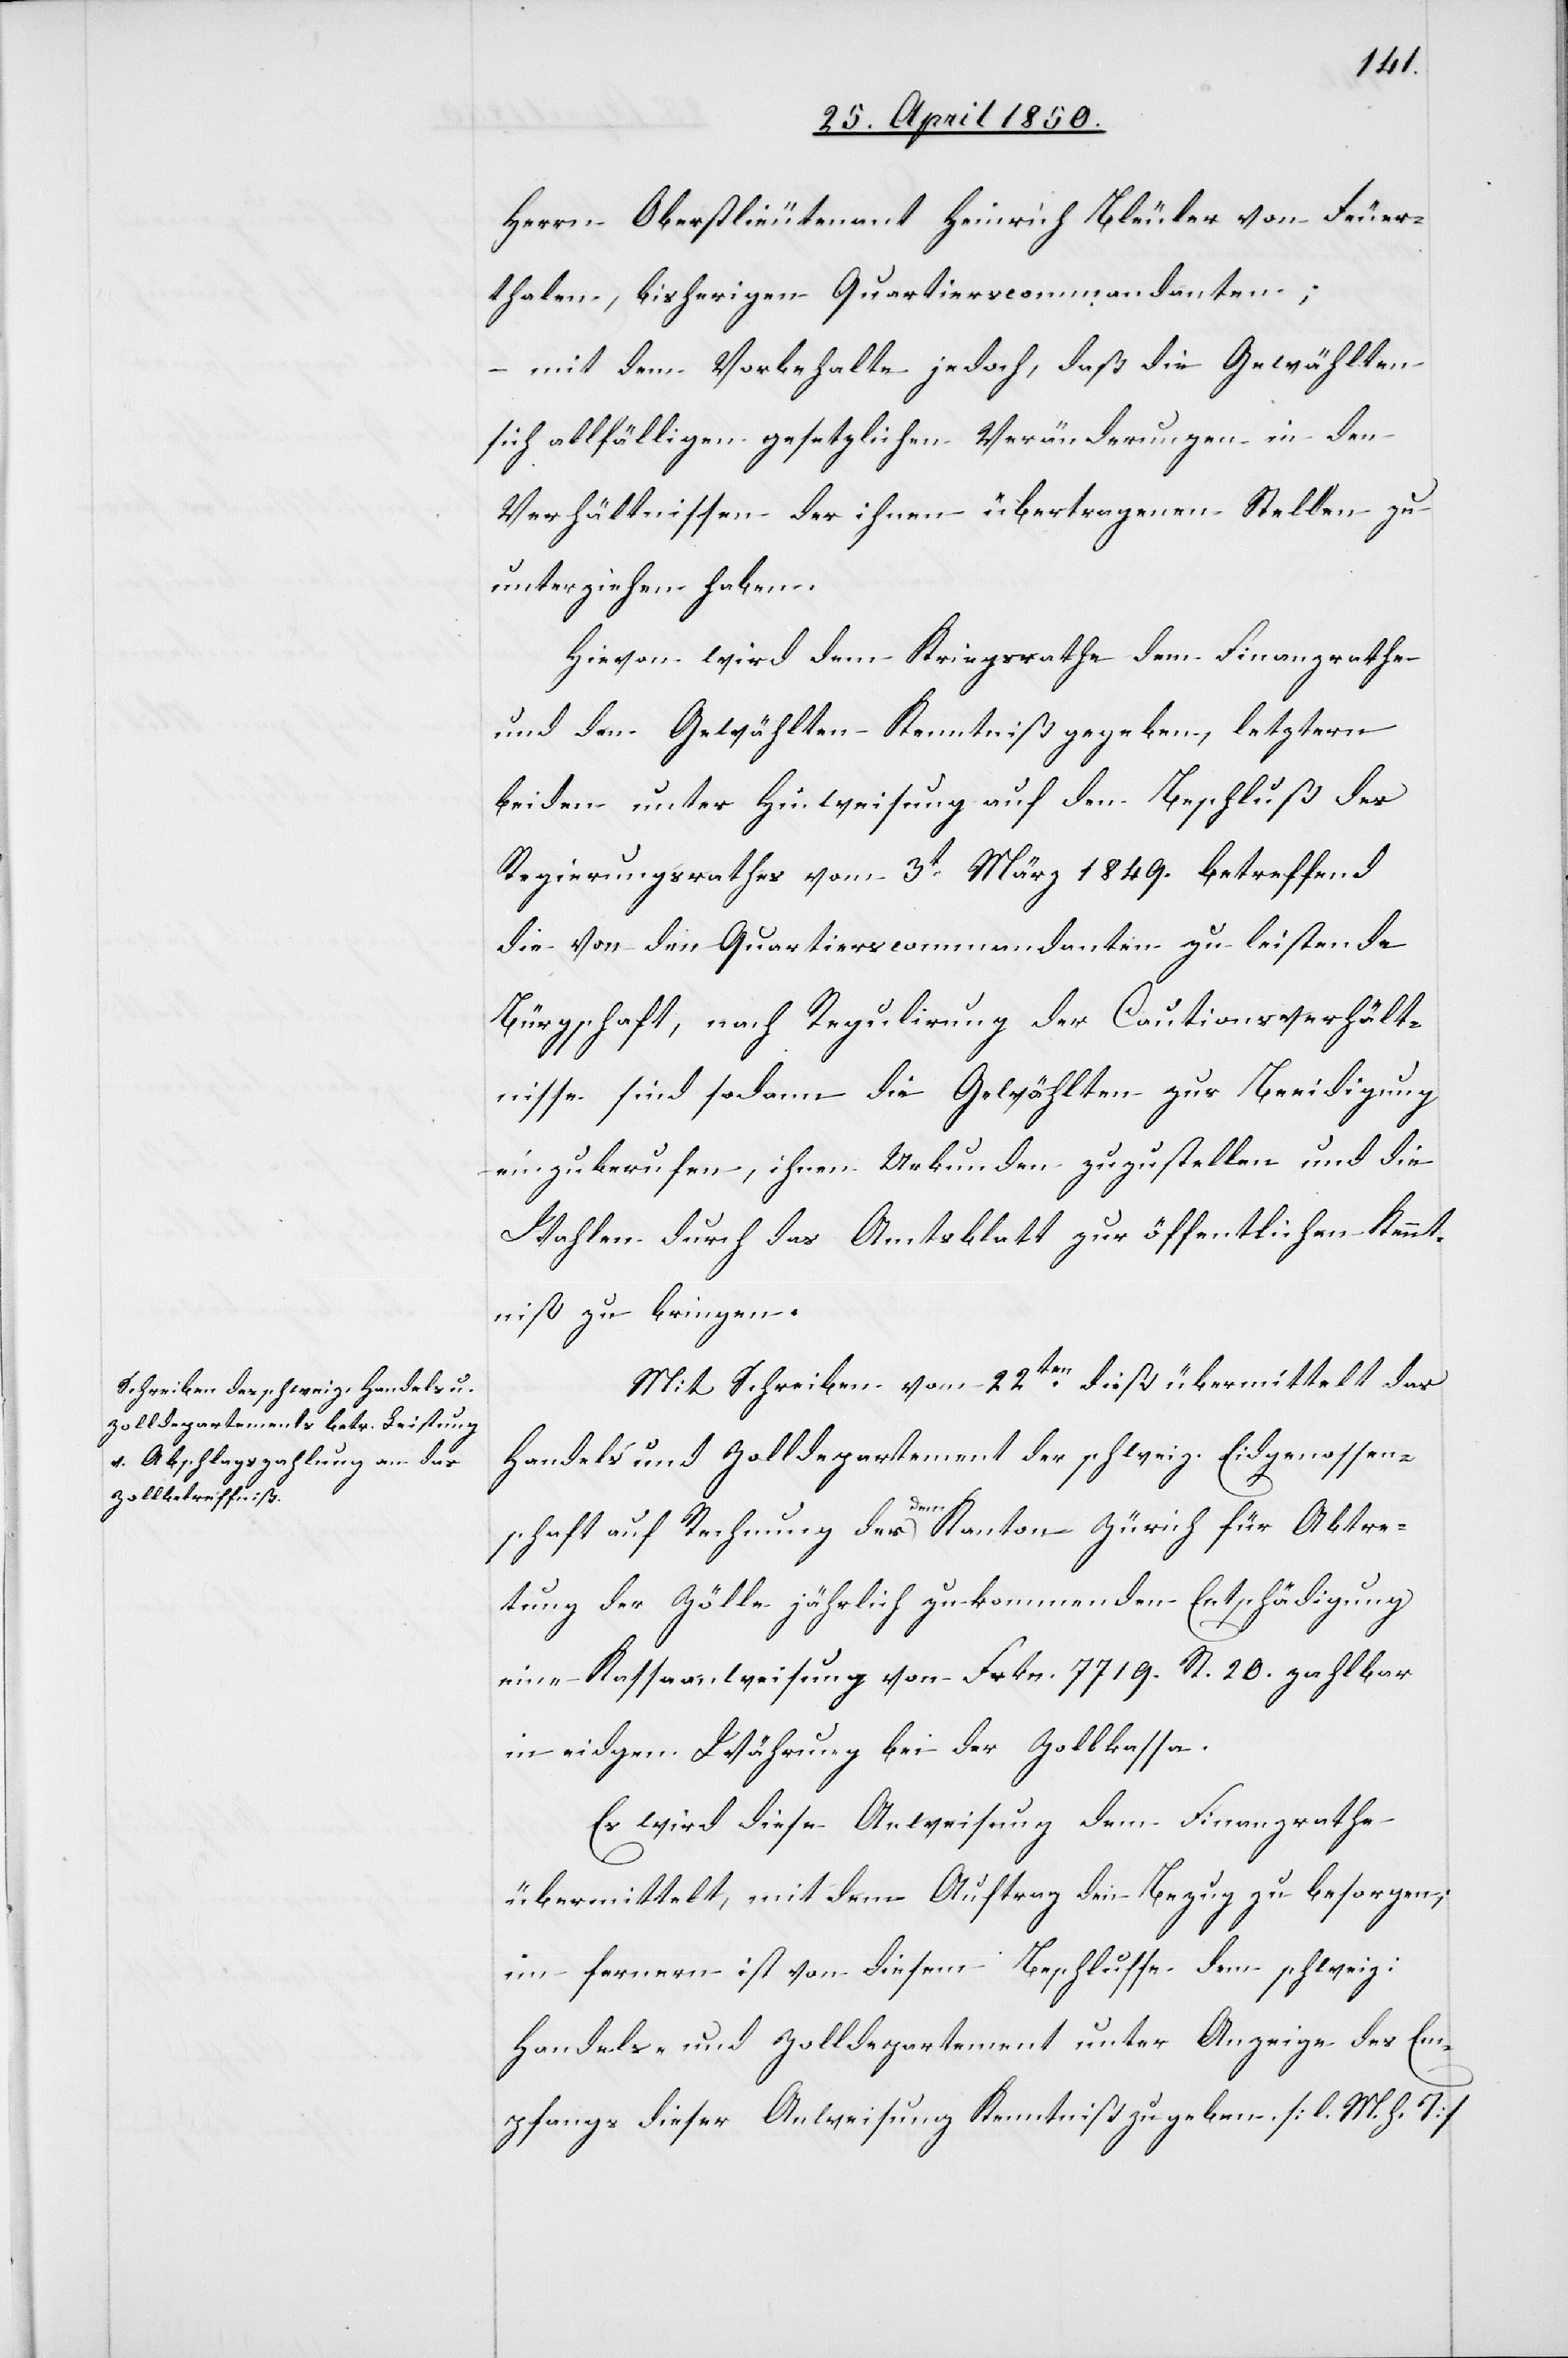
Herrn Oberstlieutenant Heinrich Bleuler von Feuer¬
thalen, bisherigen Quartierscommandanten;
mit dem Vorbehalte jedoch, daß die Gewählten
sich allfälligen gesetzlichen Veränderungen in den
Verhältnissen der ihnen übertragenen Stellen zu
unterziehen haben.
Hievon wird dem Kriegsrathe[,] dem Finanzrathe
und den Gewählten Kenntniß gegeben, letztern
beiden unter Hinweisung auf den Beschluß des
Regierungsrathes vom 3t März 1849. betreffend
die von den Quartierscommandanten zu leistende
Bürgschaft, nach Regulirung der Cautionsverhält¬
nisse sind sodann die Gewählten zur Beeidigung
einzuberufen, ihnen Urkunden zuzustellen und die
Wahlen durch das Amtsblatt zur öffentlichen Kennt¬
niß zu bringen.
Mit Schreiben vom 22ten dieß übermittelt das
Handels[-] und Zolldepartement der schweiz. Eidgenossen¬
schaft auf Rechnung der dem Kanton Zürich für Abtre¬
tung der Zölle jährlich zukommenden Entschädigung
eine Kassaanweisung von Frkn. 7719. [?R.] 20. zahlbar
in eidgen. Währung bei der Zollkassa.
Es wird diese Anweisung dem Finanzrathe
übermittelt, mit dem Auftrag den Bezug zu besorgen;
im fernern ist von diesem Beschlusse dem schweiz:
Handels- und Zolldepartement unter Anzeige des Em¬
pfangs dieser Anweisung Kenntniß zu geben [l. M. h. T]